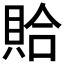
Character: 𫎖